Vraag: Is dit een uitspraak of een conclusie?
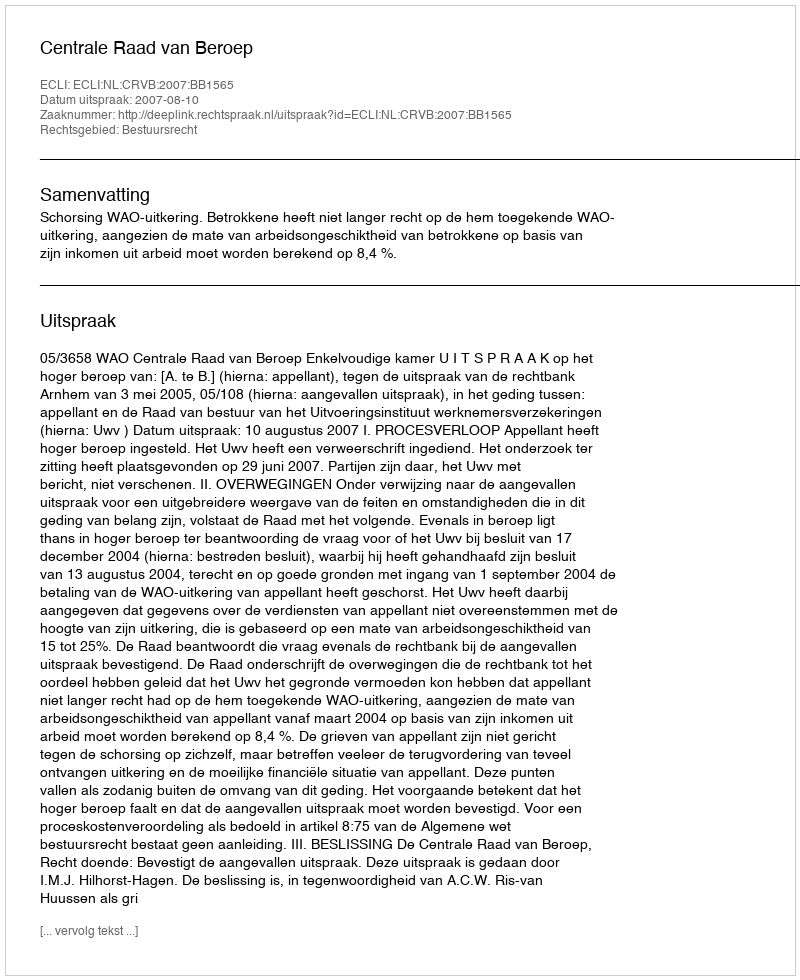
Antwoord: Uitspraak